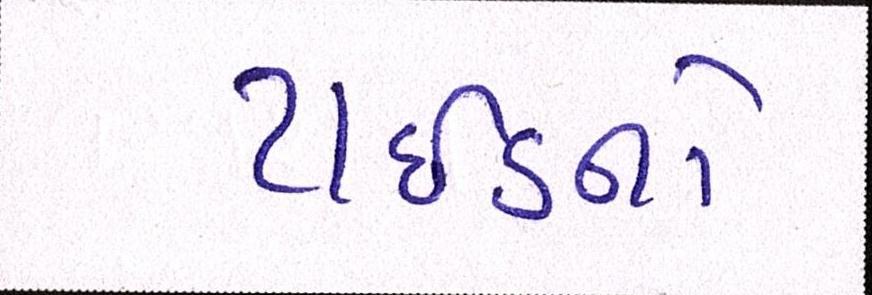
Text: ટાઈડને